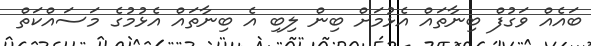
ބައެއް ވަގުފް ބިނާތައް އެޅުމަށް ބިން ލިބި އެ ބިނާތައް އެޅުމުގެ މަސައްކަތް